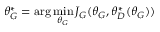
\theta _ { G } ^ { * } = \arg \operatorname* { m i n } _ { \theta _ { G } } J _ { G } ( \theta _ { G } , \theta _ { D } ^ { * } ( \theta _ { G } ) )